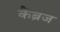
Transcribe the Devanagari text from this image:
कैंब्रज